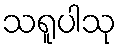
သရူပါသု